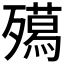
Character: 𭮦